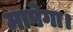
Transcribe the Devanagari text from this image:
मापेगा।